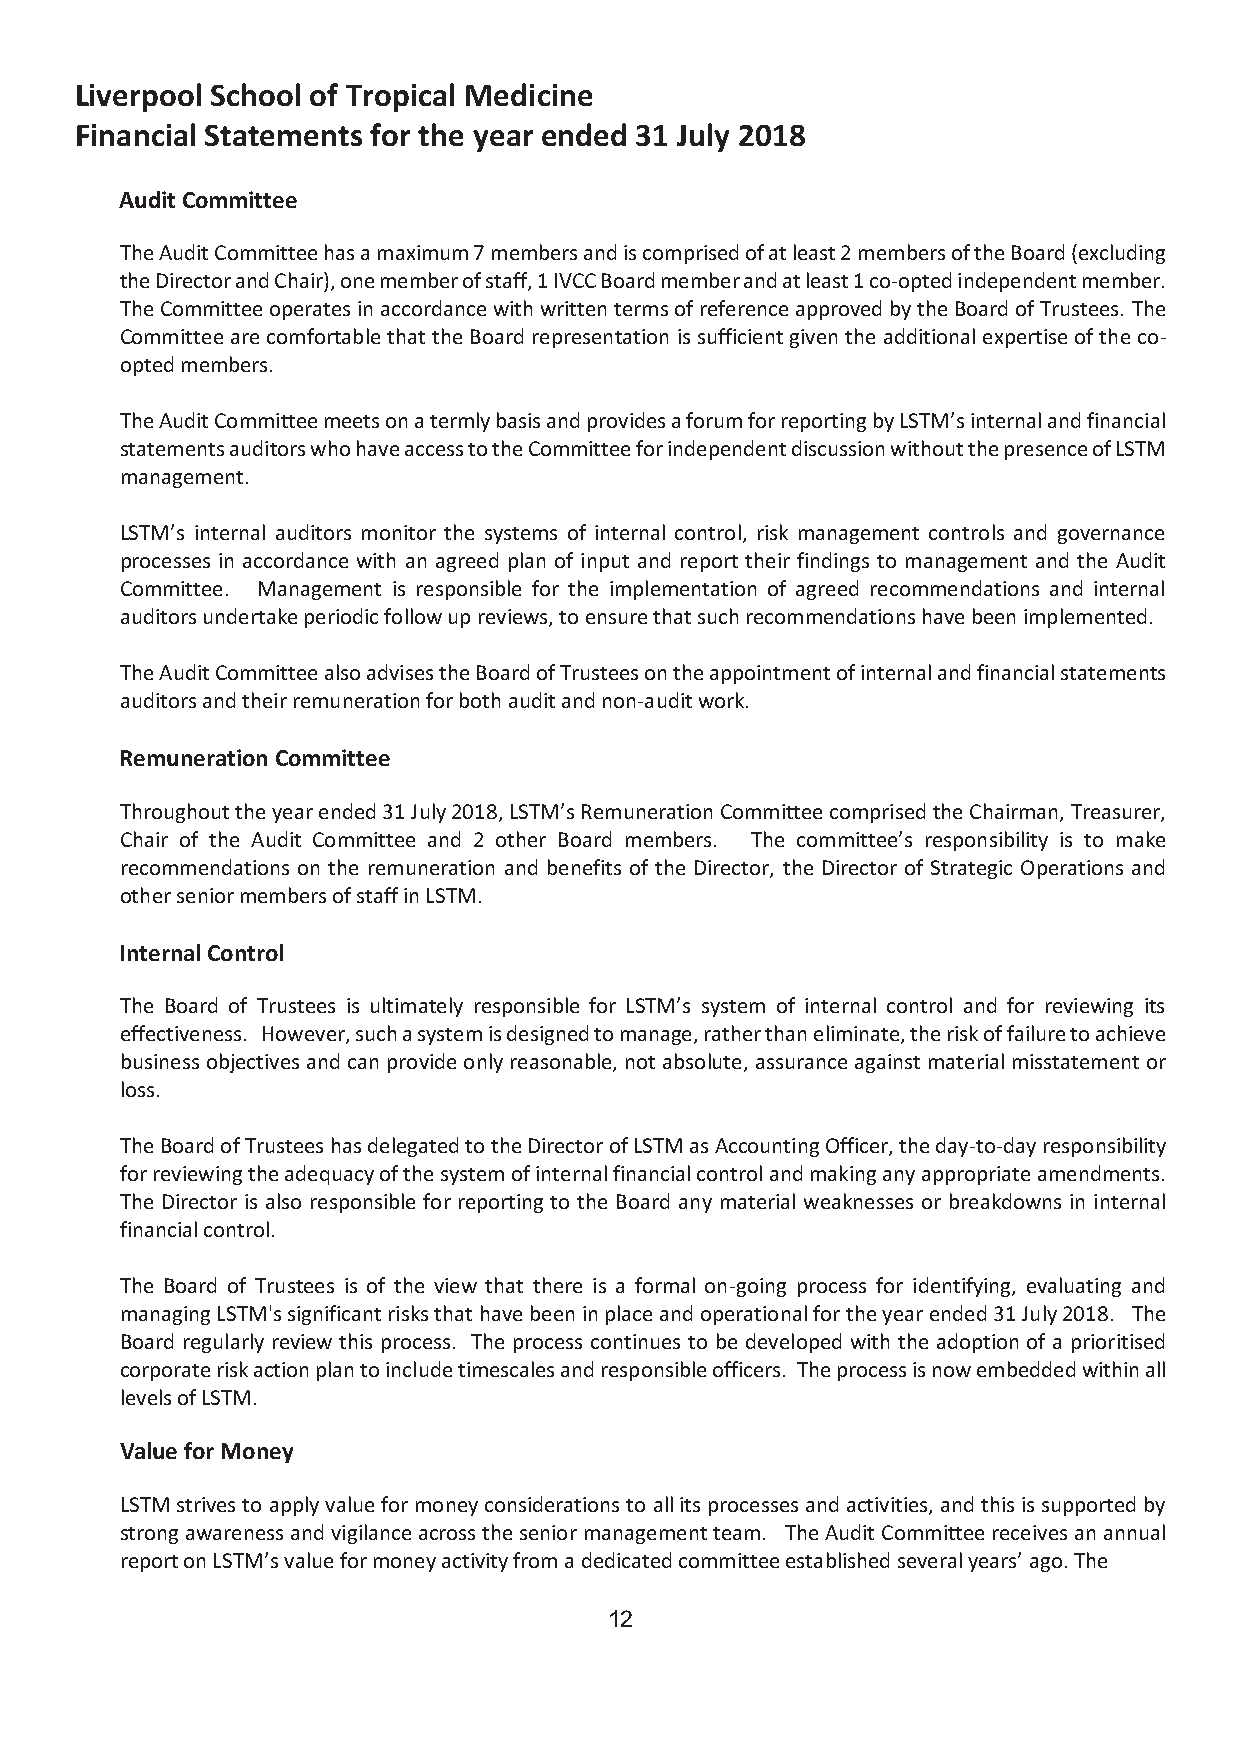
Liverpool School of Tropical Medicine
 Financial Statements for the year ended 31 July 2018
 Audit Committee
 The Audit Committee has a maximum 7 members and is comprised of at least 2 members of the Board (excluding
 the Director and Chair), one member of staff, 1 IVCC Board member and at least 1 co-opted independent member.
 The Committee operates in accordance with written terms of reference approved by the Board of Trustees. The
 Committee are comfortable that the Board representation is sufficient given the additional expertise of the co-
 opted members.
 The Audit Committee meets on a termly basis and provides a forum for reporting by LSTM’s internal and financial
 statements auditors who have access to the Committee for independent discussion without the presence of LSTM
 management.
 LSTM’s internal auditors monitor the systems of internal control, risk management controls and governance
 processes in accordance with an agreed plan of input and report their findings to management and the Audit
 Committee. Management is responsible for the implementation of agreed recommendations and internal
 auditors undertake periodic follow up reviews, to ensure that such recommendations have been implemented.
 The Audit Committee also advises the Board of Trustees on the appointment of internal and financial statements
 auditors and their remuneration for both audit and non-audit work.
 Remuneration Committee
 Throughout the year ended 31 July 2018, LSTM’s Remuneration Committee comprised the Chairman, Treasurer,
 Chair of the Audit Committee and 2 other Board members. The committee’s responsibility is to make
 recommendations on the remuneration and benefits of the Director, the Director of Strategic Operations and
 other senior members of staff in LSTM.
 Internal Control
 The Board of Trustees is ultimately responsible for LSTM’s system of internal control and for reviewing its
 effectiveness. However, such a system is designed to manage, rather than eliminate, the risk of failure to achieve
 business objectives and can provide only reasonable, not absolute, assurance against material misstatement or
 loss.
 The Board of Trustees has delegated to the Director of LSTM as Accounting Officer, the day-to-day responsibility
 for reviewing the adequacy of the system of internal financial control and making any appropriate amendments.
 The Director is also responsible for reporting to the Board any material weaknesses or breakdowns in internal
 financial control.
 The Board of Trustees is of the view that there is a formal on-going process for identifying, evaluating and
 managing LSTM's significant risks that have been in place and operational for the year ended 31 July 2018. The
 Board regularly review this process. The process continues to be developed with the adoption of a prioritised
 corporate risk action plan to include timescales and responsible officers. The process is now embedded within all
 levels of LSTM.
 Value for Money
 LSTM strives to apply value for money considerations to all its processes and activities, and this is supported by
 strong awareness and vigilance across the senior management team. The Audit Committee receives an annual
 report on LSTM’s value for money activity from a dedicated committee established several years’ ago. The
 12